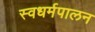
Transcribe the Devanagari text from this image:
स्वधर्मपालन